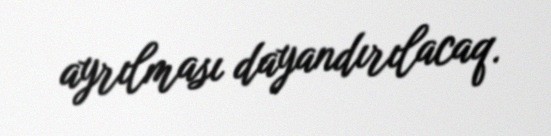
ayrılması dayandırılacaq.